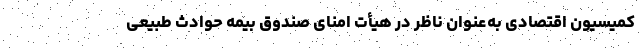
کمیسیون‌ اقتصادی به‌عنوان ناظر در هیأت امنای صندوق بیمه حوادث طبیعی